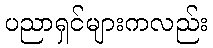
ပညာရှင်များကလည်း